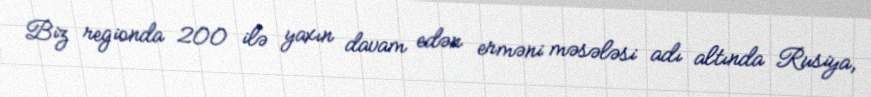
Biz regionda 200 ilə yaxın davam edən erməni məsələsi adı altında Rusiya,